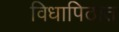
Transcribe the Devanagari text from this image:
विधापिठात